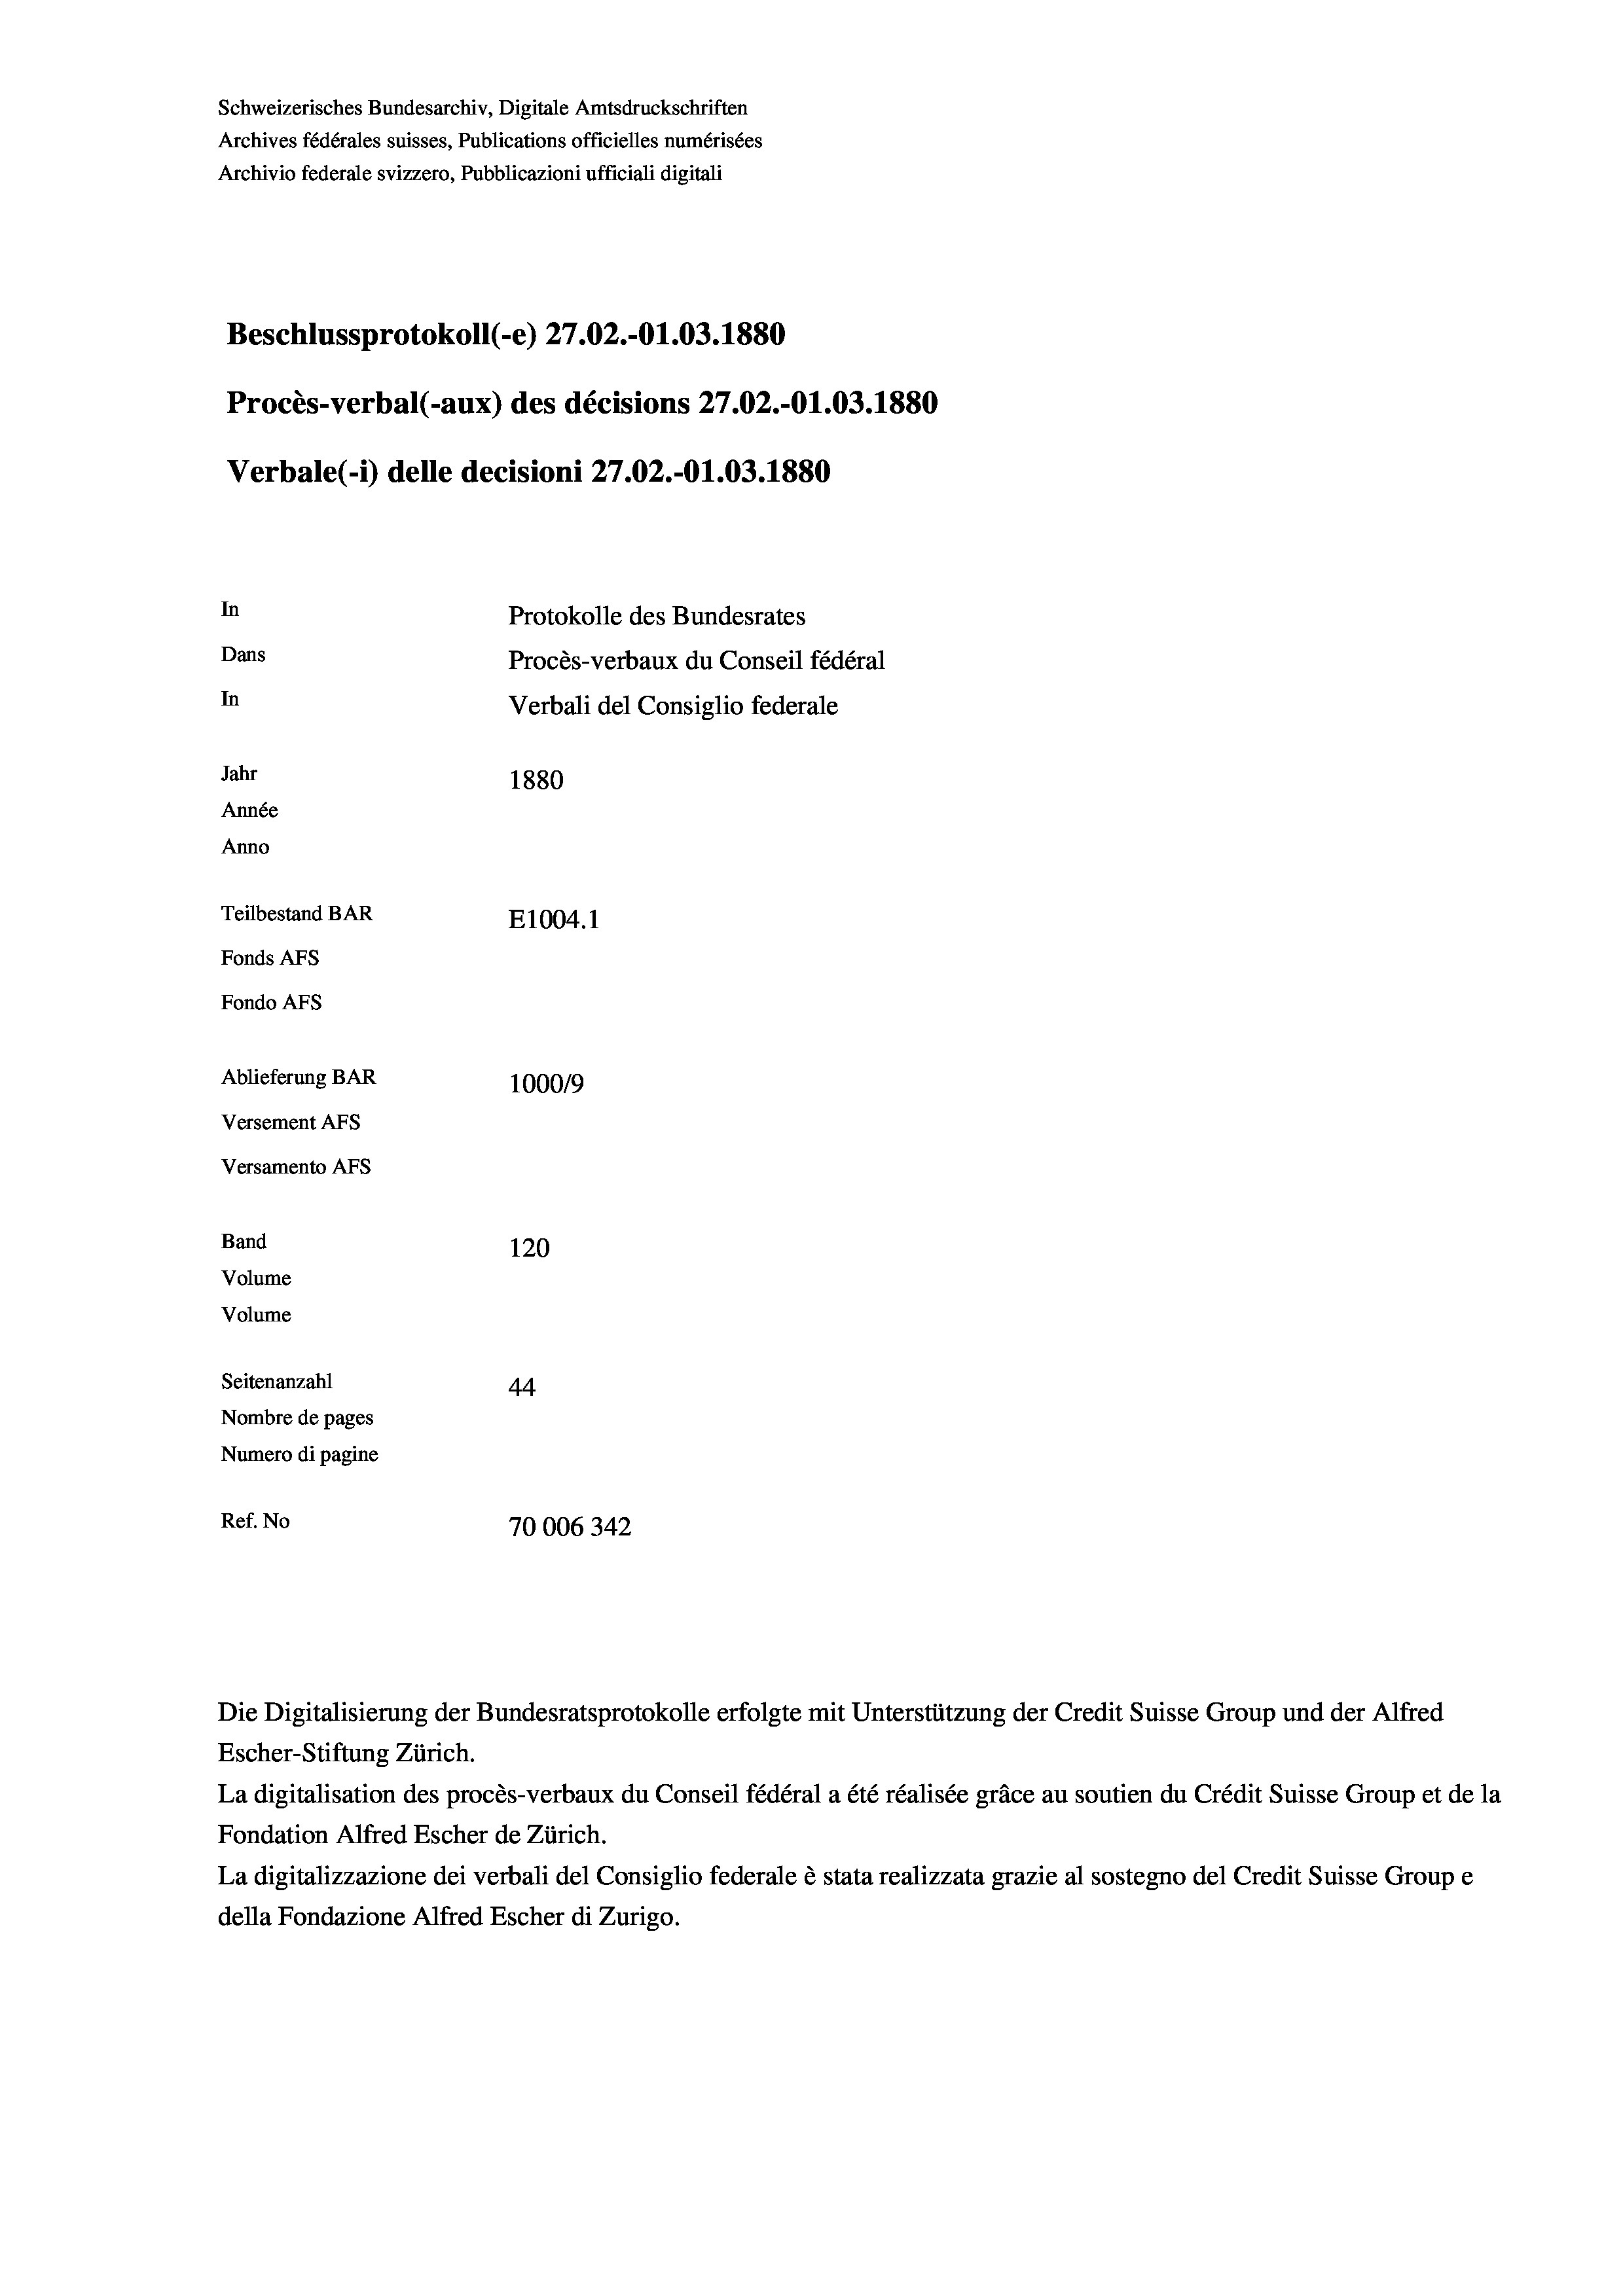
Schweizerisches Bundesarchiv, Digitale Amtsdruckschriften
Archives fédérales suisses, Publications officielles numérisées
Archivio federale svizzero, Pubblicazioni ufficiali digitali
Beschlussprotokoll (-e) 27.02.-01.03. 1880
Procès-verbal (-aux) des décisions 27.02.-O1.03. 1880
Verbale (i) delle decisioni 27.02.-O1.03. 1880
In
Protokolle des Bundesrates
Dans
Procès-verbaux du Conseil fédéral
In
Verbali del Consiglio federale
Jahr
1880
Année
Anno
Teilbestand BAR
E1004. 1
Fonds AFs
Fondo AFs
Ablieferung BAR
100019
Versement AFs
Versamento Afs
Band
120
Volume

Volume
Seitenanzahl
44.
Nombre de pages
Numero di pagine
Ref. No
70006342

Die Digitalisierung der Bundesratsprotokolle erfolgte mit Unterstützung der Credit Suisse Group und der Alfred
Escher-Stiftung Zürich.
La digitalisation des procès-verbaux du Conseil fédéral a été réalisée gräce au soutien du Crédit Suisse Group et de la
Fondation Alfred Escher de Zürich.
La digitalizzazione dei verbali del Consiglio federale è stata realizzata grazie al sostegno del Credit Suisse Groupe
della Fondazione Alfred Escher di Zurigo.